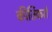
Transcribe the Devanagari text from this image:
कीर्तिकरों